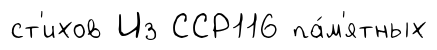
ст'ихов Из ССР116 па́м'ятных